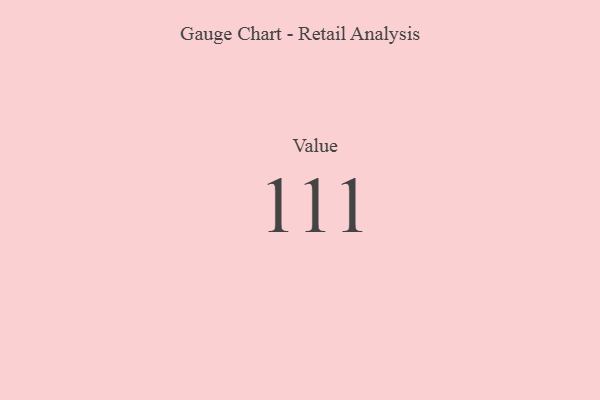
{"axis": {"x": "Metric", "y": "Value"}, "legend": [""], "data": [{"x": "Value", "y": 111, "type": ""}]}